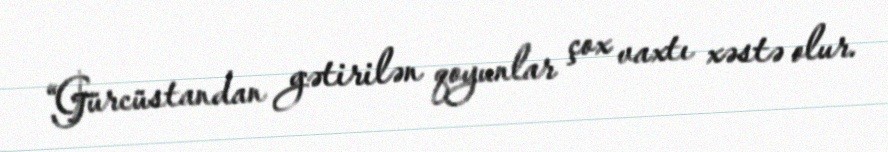
“Gürcüstandan gətirilən qoyunlar çox vaxtı xəstə olur.